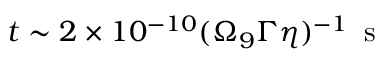
t \sim 2 \times 1 0 ^ { - 1 0 } ( \Omega _ { 9 } \Gamma \eta ) ^ { - 1 } \, \mathrm { ~ s ~ }